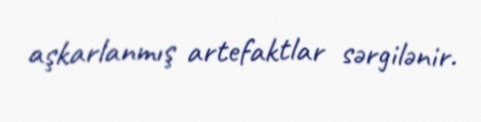
aşkarlanmış artefaktlar sərgilənir.